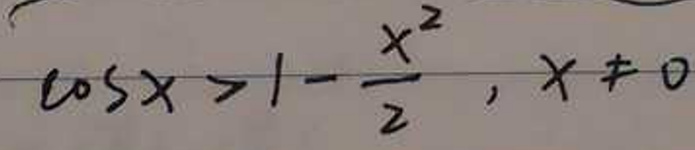
\(\cos x>1-\frac{x^{2}}{2},x\neq0\)